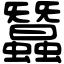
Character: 蠶